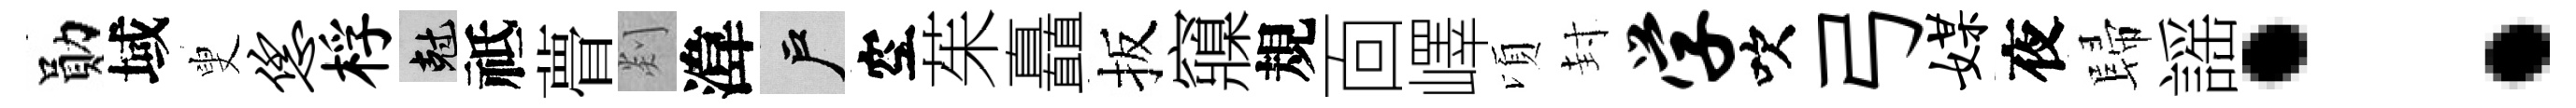
勛域叟恁桴剋祗瞢剡湋户空茱矗扳䆿規靣嶧頃封学吹弓媒夜歸謡：